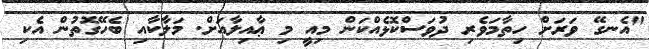
"އެނގޭ ވަރަށް ހިތާމަވެރި ދުވަސްކޮޅެއްކަން މިއީ މި ޢާއިލާއަށް. މަލާކާއި ބެހޭގޮތުން އެކި